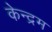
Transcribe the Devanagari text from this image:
केन्द्रम